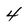
Character: 4